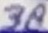
Text: 38